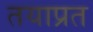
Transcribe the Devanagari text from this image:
तयाप्रत